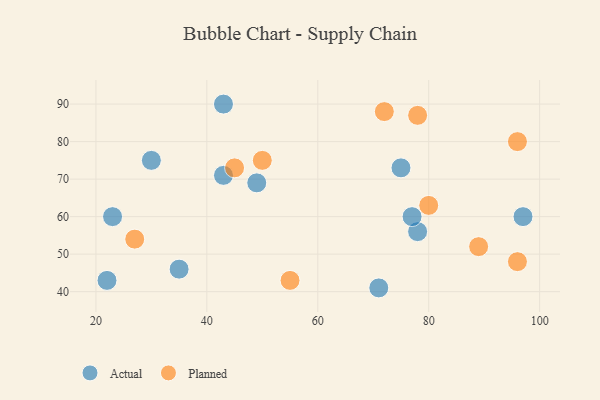
{"axis": {"x": "GDP", "y": "Life Expectancy"}, "legend": ["Actual", "Planned"], "data": [{"x": "75", "y": 73, "type": "Actual"}, {"x": "78", "y": 56, "type": "Actual"}, {"x": "43", "y": 90, "type": "Actual"}, {"x": "77", "y": 60, "type": "Actual"}, {"x": "49", "y": 69, "type": "Actual"}, {"x": "22", "y": 43, "type": "Actual"}, {"x": "71", "y": 41, "type": "Actual"}, {"x": "97", "y": 60, "type": "Actual"}, {"x": "43", "y": 71, "type": "Actual"}, {"x": "35", "y": 46, "type": "Actual"}, {"x": "30", "y": 75, "type": "Actual"}, {"x": "23", "y": 60, "type": "Actual"}, {"x": "50", "y": 75, "type": "Planned"}, {"x": "72", "y": 88, "type": "Planned"}, {"x": "96", "y": 48, "type": "Planned"}, {"x": "96", "y": 80, "type": "Planned"}, {"x": "89", "y": 52, "type": "Planned"}, {"x": "78", "y": 87, "type": "Planned"}, {"x": "27", "y": 54, "type": "Planned"}, {"x": "55", "y": 43, "type": "Planned"}, {"x": "80", "y": 63, "type": "Planned"}, {"x": "45", "y": 73, "type": "Planned"}]}